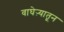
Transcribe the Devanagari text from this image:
वाघेऱ्यातून